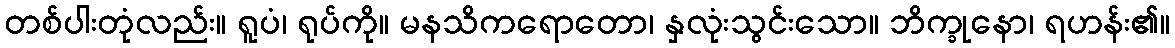
တစ်ပါးတုံလည်း။ ရူပံ၊ ရုပ်ကို။ မနသိကရောတော၊ နှလုံးသွင်းသော။ ဘိက္ခုနော၊ ရဟန်း၏။